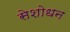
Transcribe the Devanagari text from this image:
सेशोधन